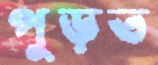
পুড়ত